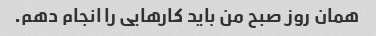
همان روز صبح من باید کارهایی را انجام دهم.